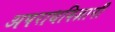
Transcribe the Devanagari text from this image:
अपराधविज्ञानी